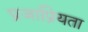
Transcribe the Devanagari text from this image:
प्रजाप्रियता